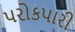
પરોકપારી